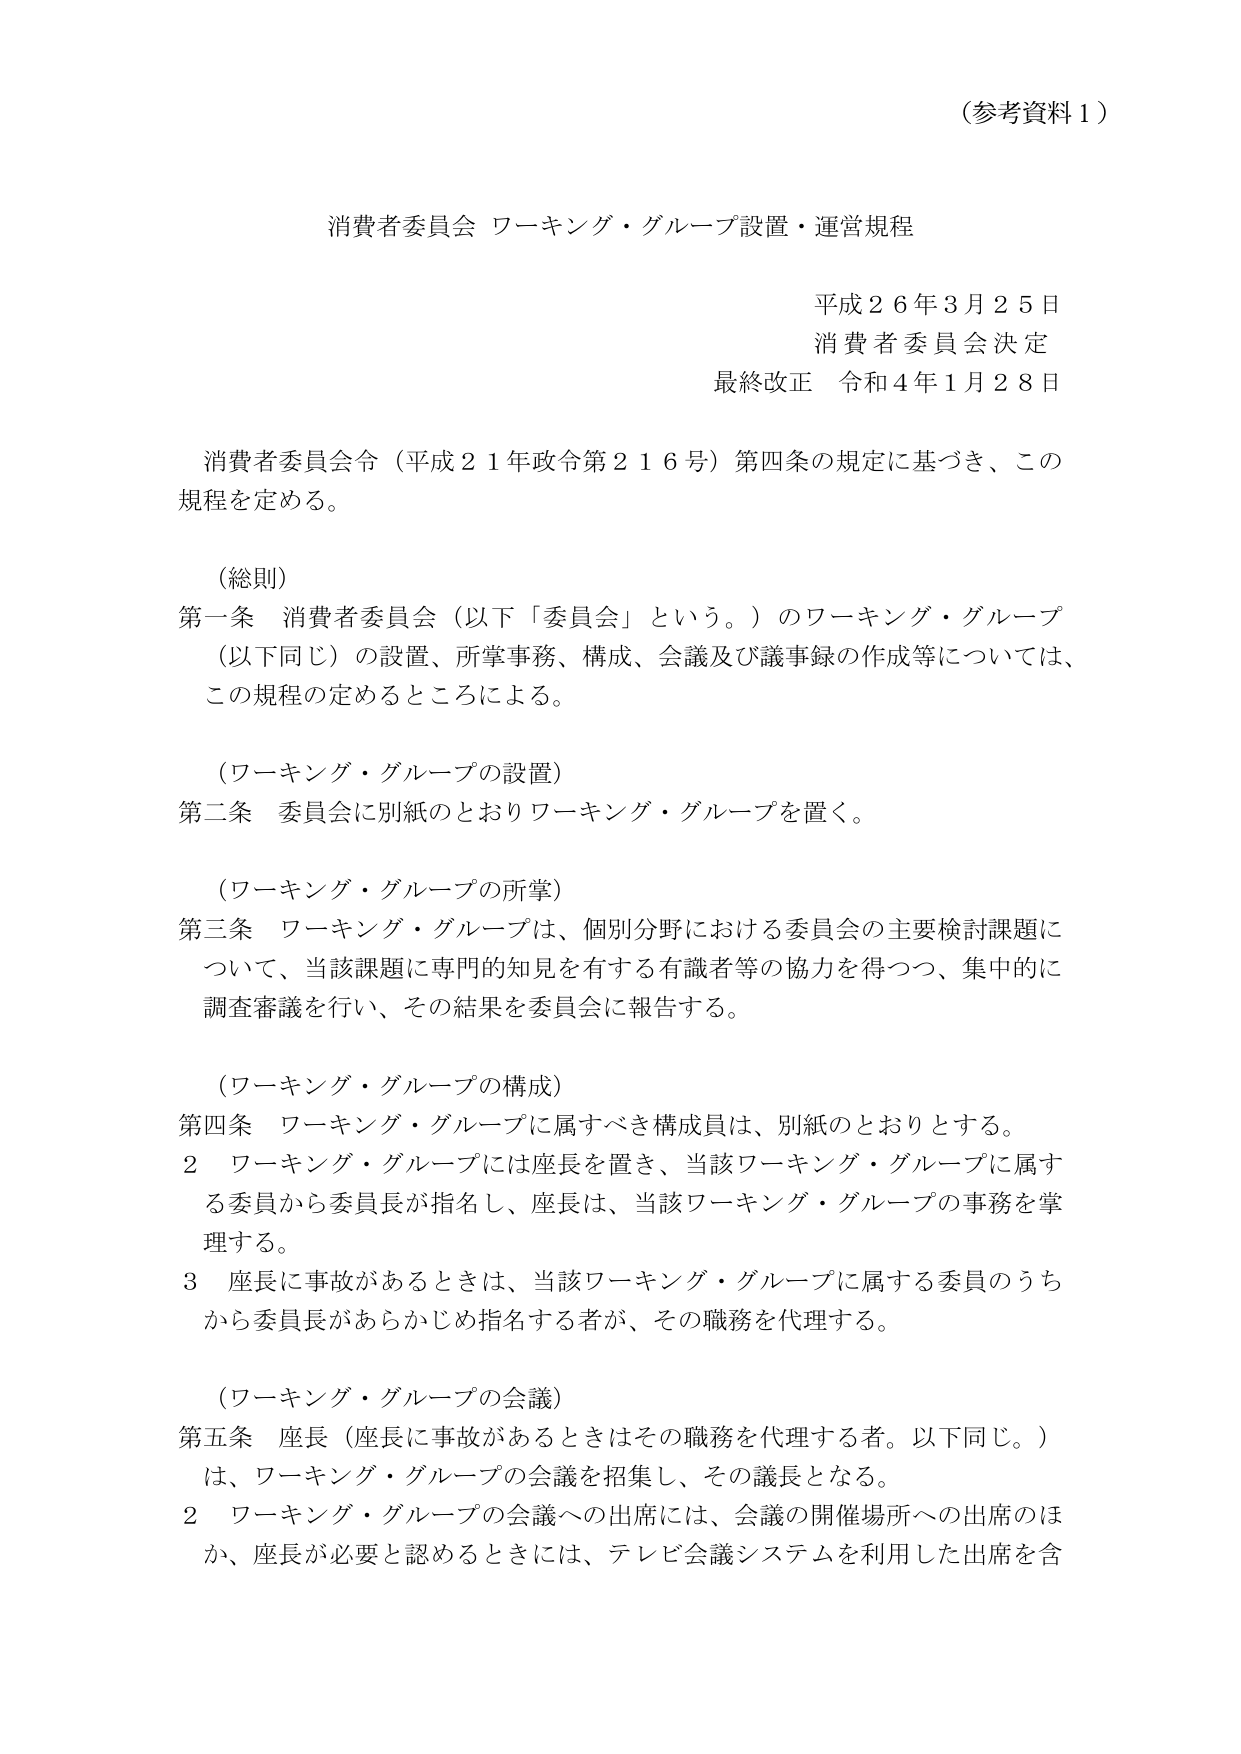
（参考資料１）

消費者委員会 ワーキング・グループ設置・運営規程

平成２６年３月２５日
消費者委員会決定
最終改正 令和４年１月２８日

消費者委員会令（平成２１年政令第２１６号）第四条の規定に基づき、この規程を定める。

（総則）
第一条 消費者委員会（以下「委員会」という。）のワーキング・グループ（以下同じ）の設置、所掌事務、構成、会議及び議事録の作成等については、この規程の定めるところによる。

（ワーキング・グループの設置）
第二条 委員会に別紙のとおりワーキング・グループを置く。

（ワーキング・グループの所掌）
第三条 ワーキング・グループは、個別分野における委員会の主要検討課題について、当該課題に専門的知見を有する有識者等の協力を得つつ、集中的に調査審議を行い、その結果を委員会に報告する。

（ワーキング・グループの構成）
第四条 ワーキング・グループに属すべき構成員は、別紙のとおりとする。
２ ワーキング・グループには座長を置き、当該ワーキング・グループに属する委員から委員長が指名し、座長は、当該ワーキング・グループの事務を掌理する。
３ 座長に事故があるときは、当該ワーキング・グループに属する委員のうちから委員長があらかじめ指名する者が、その職務を代理する。

（ワーキング・グループの会議）
第五条 座長（座長に事故があるときはその職務を代理する者。以下同じ。）は、ワーキング・グループの会議を招集し、その議長となる。
２ ワーキング・グループの会議への出席には、会議の開催場所への出席のほか、座長が必要と認めるときには、テレビ会議システムを利用した出席を含